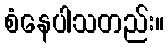
စံနေပါသတည်း။